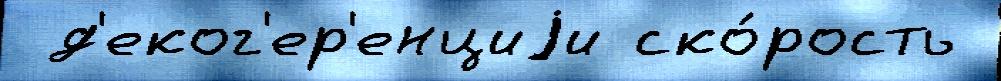
 д'еког'ер'енциjи ско́рость